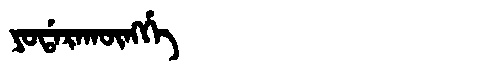
Manchu: ᠶᠣᡩᠠᡵᠠᡴᡡᠩᡤᡝ
Romanization: YODARAKŪNGGE